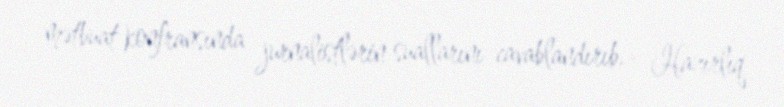
mətbuat konfransında jurnalistlərin suallarını cavablandırıb.- Hazırlıq